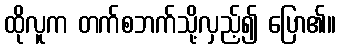
ထိုလူက တက်စဘက်သို့လှည့်၍ ပြော၏။